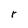
Character: r